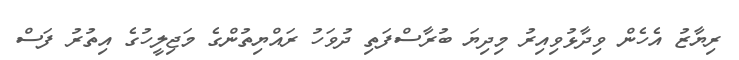
ރިޔާޒު އެހެން ވިދާޅުވިއިރު މިދިޔަ ބުރާސްފަތި ދުވަހު ރައްޔިތުންގެ މަޖިލީހުގެ އިތުރު ފަސް